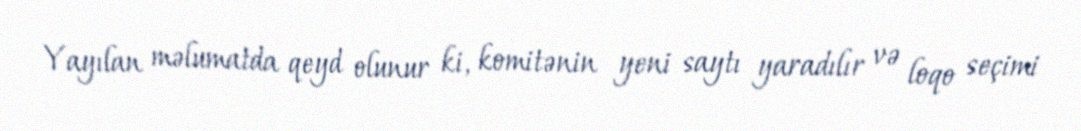
Yayılan məlumatda qeyd olunur ki, komitənin yeni saytı yaradılır və loqo seçimi